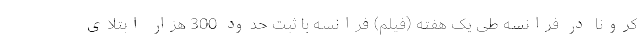
کرونا در فرانسه طی یک هفته (فیلم) فرانسه با ثبت حدود 300 هزار ابتلای